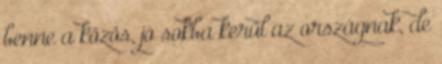
benne a közös, jó sokba kerül az országnak, de